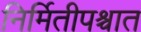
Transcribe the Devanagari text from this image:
निर्मितीपश्चात